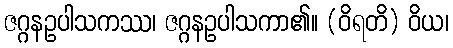
ဇဂ္ဂနဥပါသကဿ၊ ဇဂ္ဂနဥပါသကာ၏။ (ဝိရတိ) ဝိယ၊